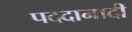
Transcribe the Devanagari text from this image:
पददानादी